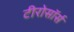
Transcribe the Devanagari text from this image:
टीरोसॉर्स